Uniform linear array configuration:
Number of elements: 32
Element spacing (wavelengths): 0.75
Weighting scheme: uniform
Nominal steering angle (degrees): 15
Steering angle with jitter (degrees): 14.453
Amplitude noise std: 0.05
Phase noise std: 0.05

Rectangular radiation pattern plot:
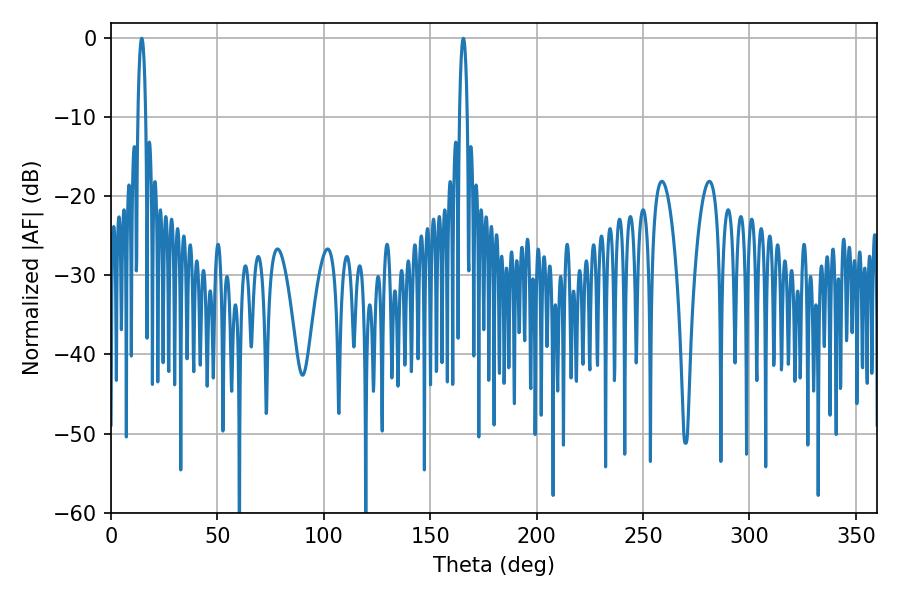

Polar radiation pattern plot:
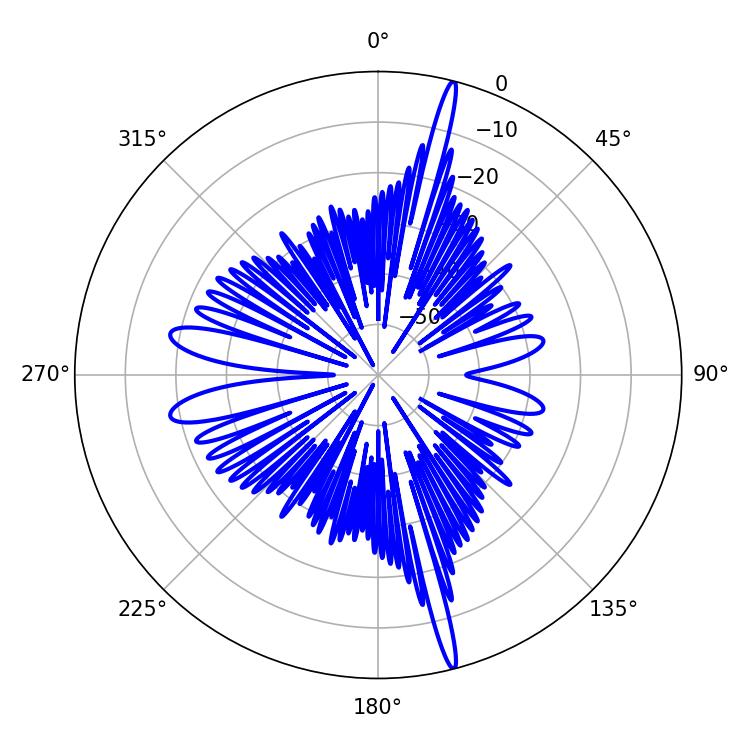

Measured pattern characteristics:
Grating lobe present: TRUE
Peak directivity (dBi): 20.785
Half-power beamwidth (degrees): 1.98
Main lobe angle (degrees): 14.4